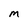
Character: M